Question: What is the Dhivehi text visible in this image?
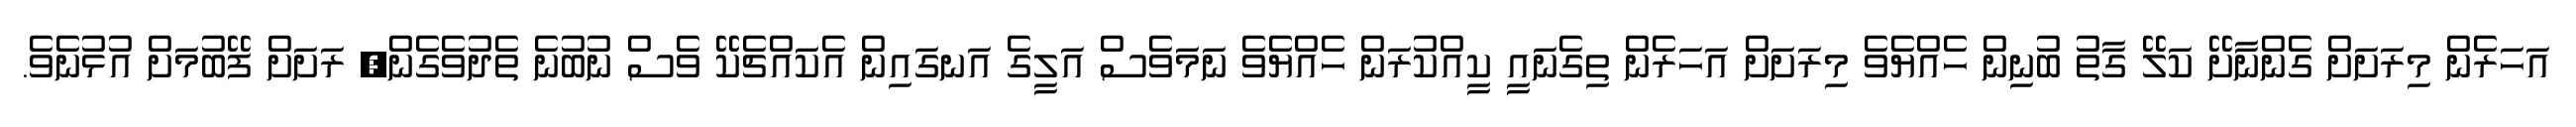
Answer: އަހަރެން މިރަށަށް ގެންނާށޭ ކަލޭ ގާތު ބުނިން ހެއްޔެވެ މިރަށަށް އަހަރެން ތިގެނައީ ކީއްކުރަން ހެއްޔެވެ ނަމަވެސް އަލީގެ އަނގައިން އެކައްޗެކޭ ވެސް ނުބުނެ ތެދުވެގެން, ރަށަށް ފޭބުމަށް އުޅުނެވެ.